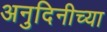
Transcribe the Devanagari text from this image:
अनुदिनीच्या